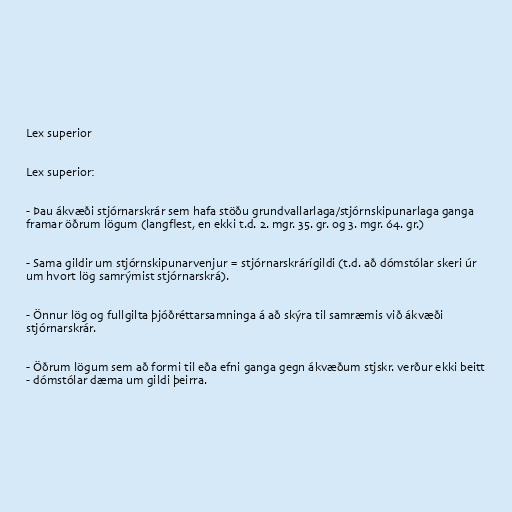
Lex superior

Lex superior:

- Þau ákvæði stjórnarskrár sem hafa stöðu grundvallarlaga/stjórnskipunarlaga ganga
framar öðrum lögum (langflest, en ekki t.d. 2. mgr. 35. gr. og 3. mgr. 64. gr.)

- Sama gildir um stjórnskipunarvenjur = stjórnarskrárígildi (t.d. að dómstólar skeri úr
um hvort lög samrýmist stjórnarskrá).

- Önnur lög og fullgilta þjóðréttarsamninga á að skýra til samræmis við ákvæði
stjórnarskrár.

- Öðrum lögum sem að formi til eða efni ganga gegn ákvæðum stjskr. verður ekki beitt
- dómstólar dæma um gildi þeirra.